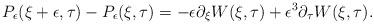
LaTeX: \begin{align*} P_{\epsilon}(\xi + \epsilon,\tau) - P_{\epsilon}(\xi,\tau) =-\epsilon \partial_{\xi} W(\xi,\tau) + \epsilon^3 \partial_{\tau} W(\xi,\tau).\end{align*}